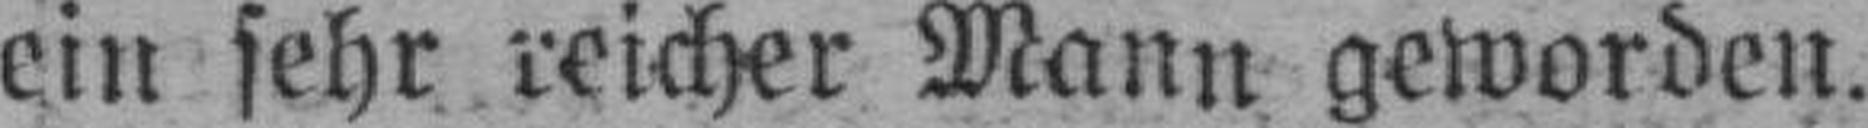
ein sehr reicher Mann geworden.